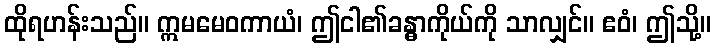
ထိုရဟန်းသည်။ ဣမမေဝကာယံ၊ ဤငါ၏ခန္ဓာကိုယ်ကို သာလျှင်။ ဧဝံ၊ ဤသို့။